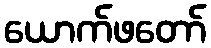
ယောက်ဖတော်